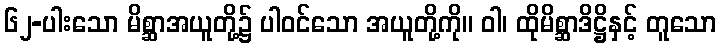
၆၂-ပါးသော မိစ္ဆာအယူတို့၌ ပါဝင်သော အယူတို့ကို။ ဝါ၊ ထိုမိစ္ဆာဒိဋ္ဌိနှင့် တူသော